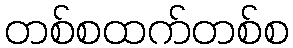
တစ်စထက်တစ်စ